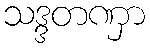
သဒ္ဒတဏှာ